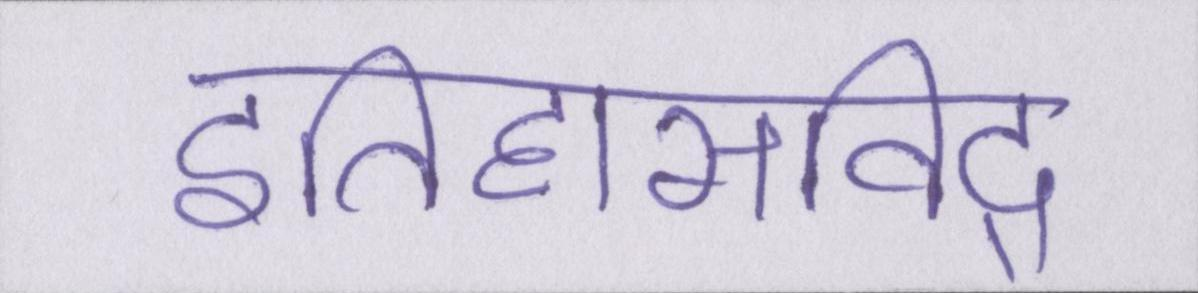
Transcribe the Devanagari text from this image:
इतिहासविद्